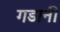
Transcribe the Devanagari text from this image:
गडानी